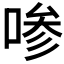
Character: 𰇼